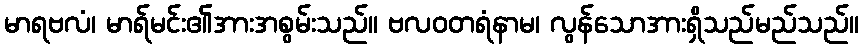
မာရဗလံ၊ မာရ်မင်း၏အားအစွမ်းသည်။ ဗလဝတရံနာမ၊ လွန်သောအားရှိသည်မည်သည်။